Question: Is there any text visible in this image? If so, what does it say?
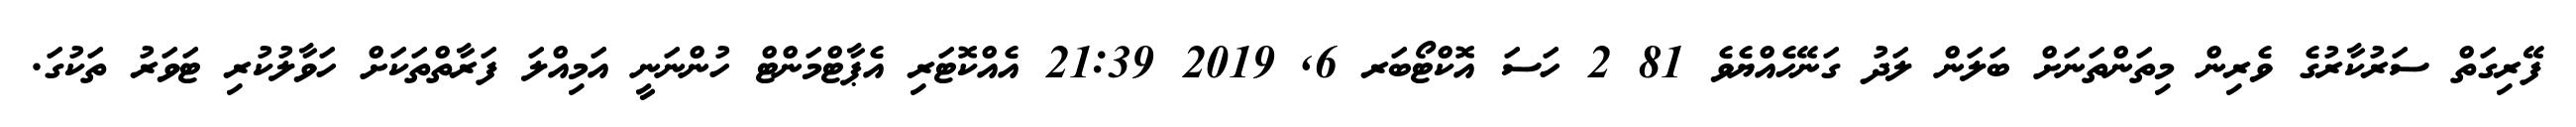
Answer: ފޭރިގަތް ސަރުކާރުގެ ވެރިން މިތަންތަނަށް ބަލަން ލަދު ގަނޭހެއްޔެވެ 81 2 ހަސަ އޮކްޓޯބަރ 6, 2019 21:39 އެއްކޮޓަރި އެޕާޓްމަންޓް ހުންނަނީ އަމިއްލަ ފަރާތްތަކަށް ހަވާލުކުރި ޓަވަރު ތަކުގަ.